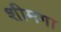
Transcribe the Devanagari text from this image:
शीमगा